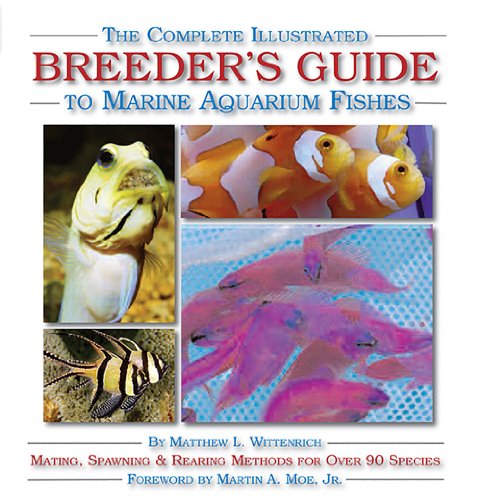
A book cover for The Complete Illustrated Breeder's Guide to Marine Aquarium Fishes; Matthew L. Wittenrich; Crafts, Hobbies & Home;